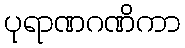
ပုရာဏဂဏိကာ